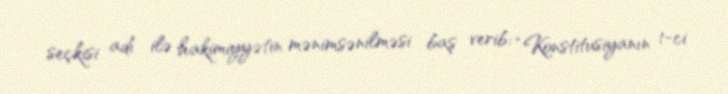
seçkisi adı ilə hakimiyyətin mənimsənilməsi baş verib: “Konstitusiyanın 1-ci